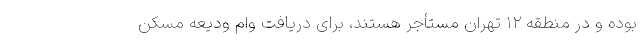
بوده و در منطقه ۱۲ تهران مستأجر هستند، برای دریافت وام ودیعه مسکن